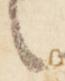
言